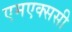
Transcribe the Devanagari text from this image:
एमएक्ससी